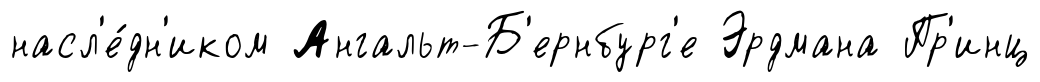
насл'е́дн'иком Ангальт-Б'ернбург'е Эрдмана Пр'инц